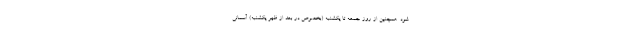
شود. همچنین از روز جمعه تا یکشنبه (بخصوص در بعد از ظهر یکشنبه) آسمانی